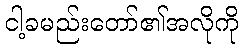
ငါ့ခမည်းတော်၏အလိုကို